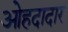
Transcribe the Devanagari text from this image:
ओहदादार